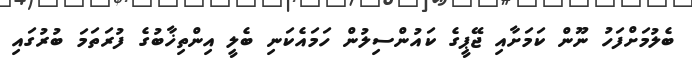
ބެލުމަށްފަހު ނޫން ކަމަށާއި ޖޭޕީގެ ކައުންސިލުން ހަމައެކަނި ބެލީ އިންތިޚާބުގެ ފުރަތަމަ ބުރުގައި